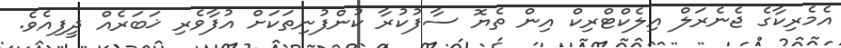
އެމެރިކާގެ ޖެނެރަލް އިލެކްޓްރިކް އިން ތެޔޮ ސާފުކުރާ ކުންފުނިތަކަށް އުފާވެރި ޚަބަރެއް ދީފިއެވެ.